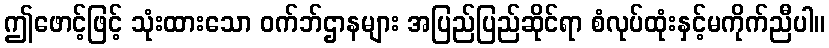
ဤဖောင့်ဖြင့် သုံးထားသော ဝက်ဘ်ဌာနများ အပြည်ပြည်ဆိုင်ရာ စံလုပ်ထုံးနှင့်မကိုက်ညီပါ။